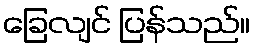
ခြေလျင် ပြန်သည်။